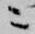
ニ